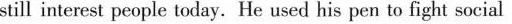
still interest people today. He used his pen to fight social